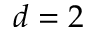
d = 2